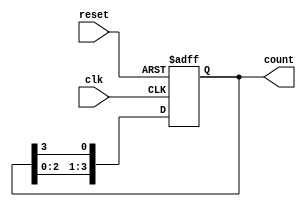
module variable_length_ring_counter #(
    parameter WIDTH = 4 // Default width of the ring counter (number of flip-flops)
)(
    input wire clk,       // Clock input
    input wire reset,     // Asynchronous reset input
    output reg [WIDTH-1:0] count // Output representing the current state
);

    // Internal signal to hold the next state
    reg [WIDTH-1:0] next_count;

    always @(posedge clk or posedge reset) begin
        if (reset) begin
            // On reset, initialize the counter to the first state
            count <= 1'b1; // Set the first flip-flop to '1'
        end else begin
            // Shift the '1' to the next position
            count <= next_count;
        end
    end

    always @(*) begin
        // Compute the next state based on the current state
        next_count = {count[WIDTH-2:0], count[WIDTH-1]}; // Shift left
    end

endmodule